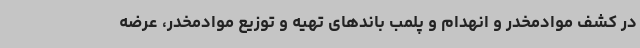
در کشف موادمخدر و انهدام و پلمب باندهای تهیه و توزیع موادمخدر، عرضه